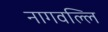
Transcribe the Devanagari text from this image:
नागवल्लि